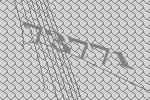
73771